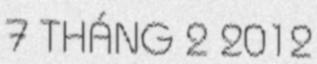
7 THÁNG 2 2012